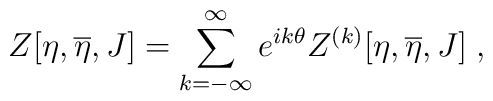
Z[\eta ,\overline{\eta}, J]=\sum_{k=-\infty}^{\infty}e^{ik\theta}Z^{(k)}[\eta ,\overline{\eta}, J]\; ,